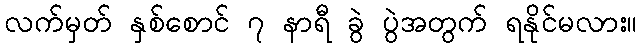
လက်မှတ် နှစ်စောင် ၇ နာရီ ခွဲ ပွဲအတွက် ရနိုင်မလား။